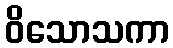
ဝိသောသကာ